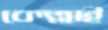
কেল্লাই